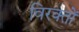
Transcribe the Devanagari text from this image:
विरक्तों